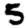
Digit: 5